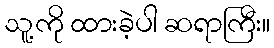
သူ့ကို ထားခဲ့ပါ ဆရာကြီး။